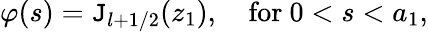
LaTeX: \varphi(s)={\cal\mathtt{J}}_{l+1/2}(z_{1}),\quad\mathrm{{for}}\ 0<s<a_{1},